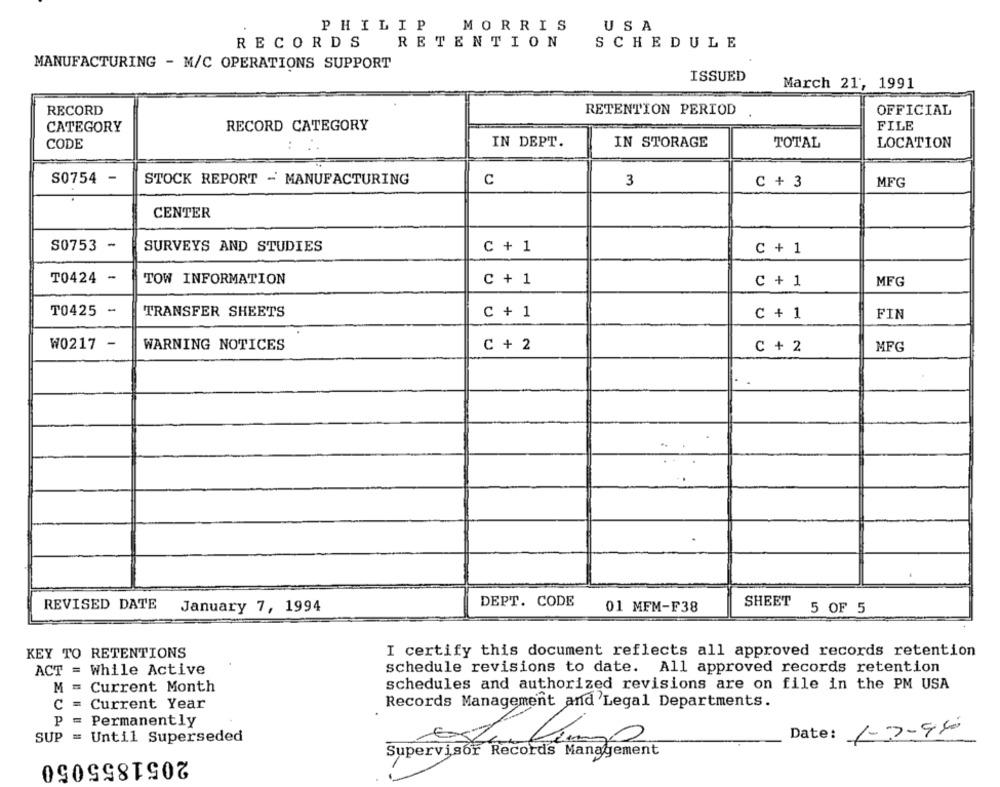
PHILIP
MORRIS
USA
RECORDS
RETENTION
SCHEDULE
MANUFACTURING - M/C OPERATIONS SUPPORT
ISSUED
March 21, 1991
RECORD
RETENTION PERIOD
OFFICIAL
RECORD CATEGORY
FILE
CATEGORY
IN DEPT.
IN STORAGE
CODE
:
TOTAL
LOCATION
S0754 -
STOCK REPORT - MANUFACTURING
C
3
C + 3
MFG
CENTER
-
S0753
SURVEYS AND STUDIES
C + 1
C + 1
T0424 -
TOW INFORMATION
C + 1
C + 1
MFG
T0425 -
TRANSFER SHEETS
C + 1
C + 1
FIN
W0217 -
WARNING NOTICES
C + 2
MFG
C + 2
REVISED DATE
DEPT. CODE
SHEET
January 7, 1994
01 MFM-F38
5 OF 5
KEY TO RETENTIONS
I certify this document reflects all approved records retention
ACT = While Active
schedule revisions to date. All approved records retention
schedules and authorized revisions are on file in the PM USA
M = Current Month
C = Current Year
Records Management and Legal Departments.
P
= Permanently
Date: 1-7-966
SUP = Until Superseded
Supervisor Records Management
2051855050